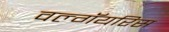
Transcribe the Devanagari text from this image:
वल्गॅयरिस